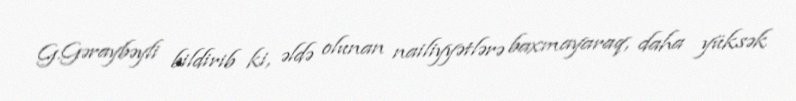
G.Gəraybəyli bildirib ki, əldə olunan nailiyyətlərə baxmayaraq, daha yüksək